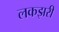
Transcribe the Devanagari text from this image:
लकझरी